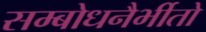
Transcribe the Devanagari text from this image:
सम्बोधनैर्भीतो